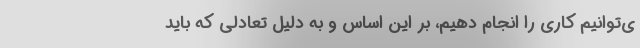
ی‌توانیم کاری را انجام دهیم، بر این اساس و به دلیل تعادلی که باید